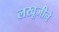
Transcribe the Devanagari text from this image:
लखूजीने